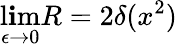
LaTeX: \operatorname*{l\mathbf{i}m}_{\epsilon\to0}R=2\delta(x^{2})